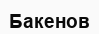
Бакенов